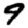
Digit: 9